65_HS1-834228961_62-HQ-83894_Section_6
Agency: FBI
Page 33
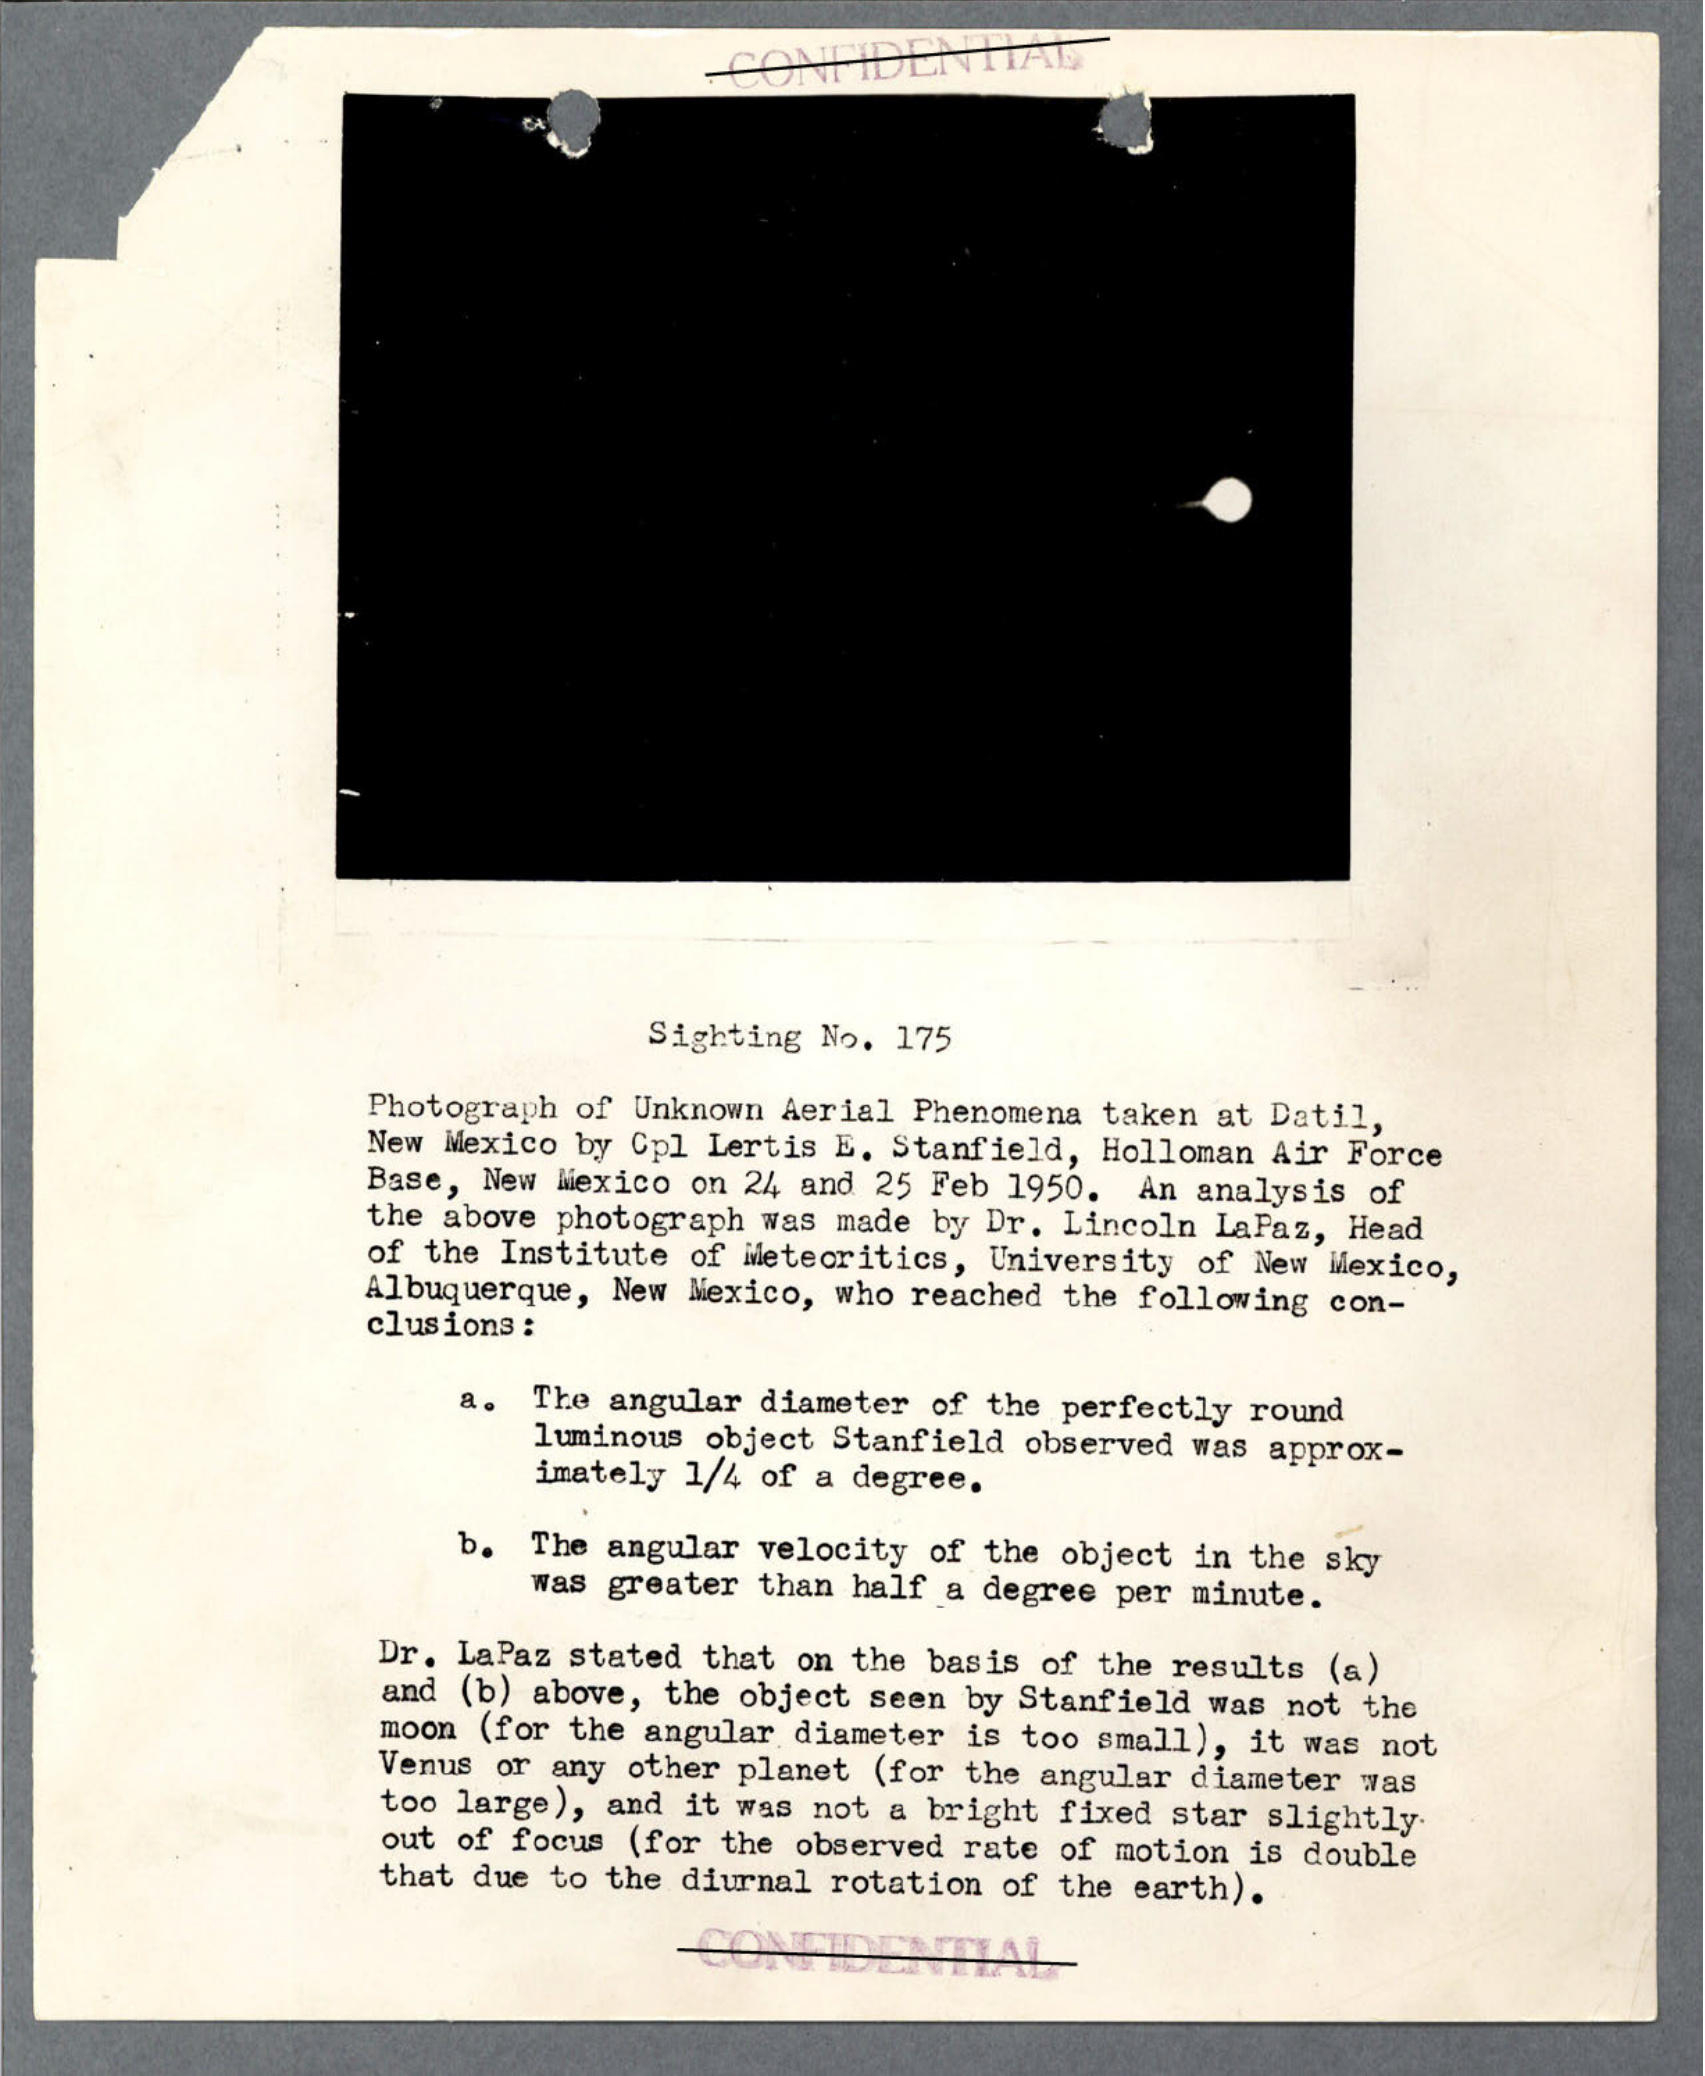